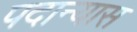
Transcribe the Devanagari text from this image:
पदान्यास